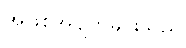
အဖြစ်အပျက်များသည်